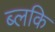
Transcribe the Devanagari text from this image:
ब्लकि